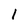
Character: 1